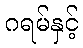
ဂရမ်နှင့်